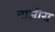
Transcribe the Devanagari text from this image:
बाजीरा